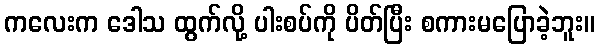
ကလေးက ဒေါသ ထွက်လို့ ပါးစပ်ကို ပိတ်ပြီး စကားမပြောခဲ့ဘူး။